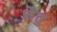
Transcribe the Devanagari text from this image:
शैतु